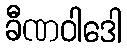
ခီဏဝါဒေါ